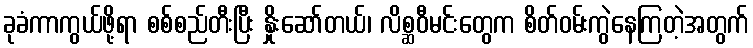
ခုခံကာကွယ်ဖို့ရာ စစ်စည်တီးပြီး နှိုးဆော်တယ်၊ လိစ္ဆဝီမင်းတွေက စိတ်ဝမ်းကွဲနေကြတဲ့အတွက်